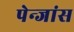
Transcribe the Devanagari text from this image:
पेन्जांस